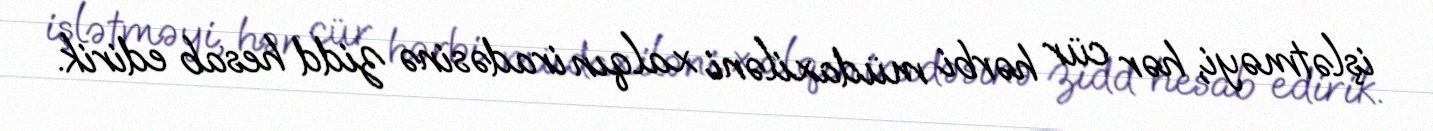
işlətməyi, hər cür hərbi müdaxiləni xalqın iradəsinə zidd hesab edirik.